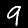
Label: 9